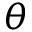
\theta